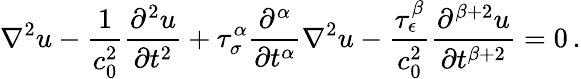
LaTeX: \nabla^{2}u-{\frac{1}{c_{0}^{2}}}{\frac{\partial^{2}u}{\partial t^{2}}}+\tau_{\sigma}^{\alpha}{\frac{\partial^{\alpha}}{\partial t^{\alpha}}}\nabla^{2}u-{\frac{\tau_{\epsilon}^{\beta}}{c_{0}^{2}}}{\frac{\partial^{\beta+2}u}{\partial t^{\beta+2}}}=0\, .